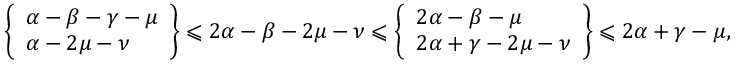
\left\{ \begin{array} { l } { \alpha - \beta - \gamma - \mu \smallskip } \\ { \alpha - 2 \mu - \nu \smallskip } \end{array} \right\} \leqslant 2 \alpha - \beta - 2 \mu - \nu \leqslant \left\{ \begin{array} { l } { 2 \alpha - \beta - \mu \smallskip } \\ { 2 \alpha + \gamma - 2 \mu - \nu \smallskip } \end{array} \right\} \leqslant 2 \alpha + \gamma - \mu ,